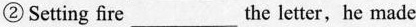
② Setting fire___the letter,he made